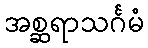
အစ္ဆရာသင်္ဂမံ